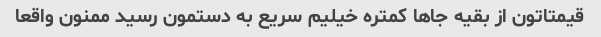
قیمتاتون از بقیه جاها کمتره خیلیم سریع به دستمون رسید ممنون واقعا